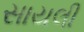
સાયલી